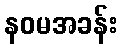
နဝမအခန်း